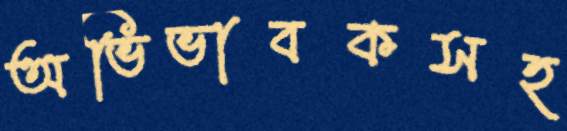
অভিভাবকসহ